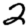
Digit: 2